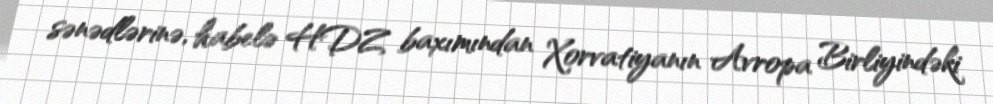
sənədlərinə, habelə HDZ baxımından Xorvatiyanın Avropa Birliyindəki